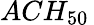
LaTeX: ACH_{50}\,